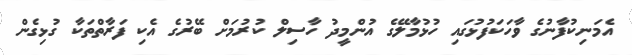
އެމަނިކުފާނުގެ ވާހަކަފުޅުގައި ހުޅުމާލޭގެ އުންމީދު ހާސިލް ކުރުމަށް ބޭރުގެ އެކި ފަރާތްތަކާ ގުޅިގެން